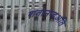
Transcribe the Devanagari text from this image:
शतानन्दअति